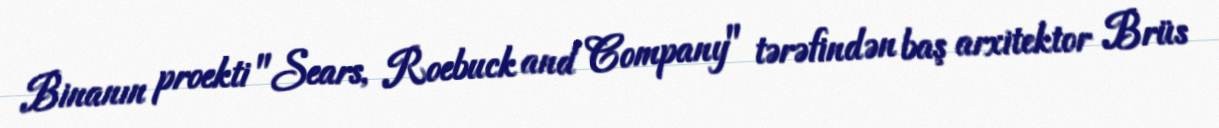
Binanın proekti "Sears, Roebuck and Company" tərəfindən baş arxitektor Brüs